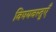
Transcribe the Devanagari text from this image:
विषयवस्तुएँ